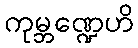
ကုမ္ဘဏ္ဍေဟိ